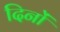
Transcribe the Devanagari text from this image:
दिनों